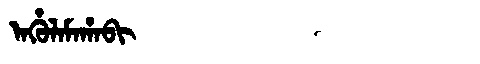
Manchu: ᠠᡥᡠᠯᠠᠮᠠᡥᠠᠪᡳ
Romanization: AHULAMAHABI